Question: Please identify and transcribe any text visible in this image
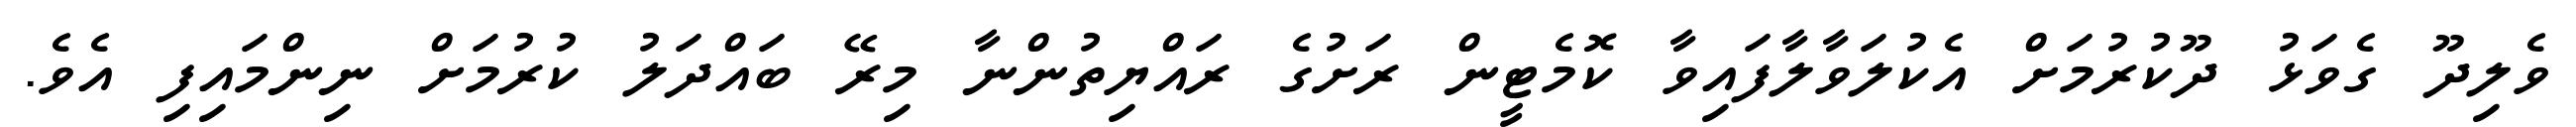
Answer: ވެލިދޫ ގެވަޅު ދޫކުރުމަށް އެކުލަވާލާފައިވާ ކޮމެޓީން ރަށުގެ ރައްޔިތުންނާ މިރޭ ބައްދަލު ކުރުމަށް ނިންމައިފި އެވެ.